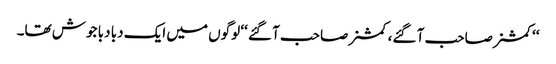
‘‘کمشنر صاحب آ گئے، کمشنر صاحب آ گئے ‘‘ لوگوں میں ایک دبا دبا جوش تھا۔